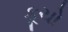
કૂચો